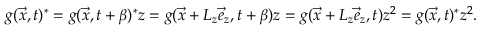
g ( \vec { x } , t ) ^ { * } = g ( \vec { x } , t + \beta ) ^ { * } z = g ( \vec { x } + L _ { z } \vec { e } _ { z } , t + \beta ) z = g ( \vec { x } + L _ { z } \vec { e } _ { z } , t ) z ^ { 2 } = g ( \vec { x } , t ) ^ { * } z ^ { 2 } .